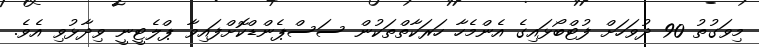
މިވަގުތު 90 ދުވަހަށް ފުޓްބޯޅައިގެ އެންމެހާ ހަރަކާތްތަކުން ސަސްޕެންޑްކޮށްފައިވާ ޕްލެޓީނީ ވިދާޅުވި އެވެ.